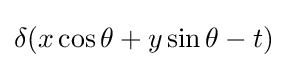
\delta (x\cos \theta +y\sin \theta -t)